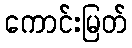
ကောင်းမြတ်